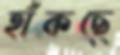
হাঁকছে